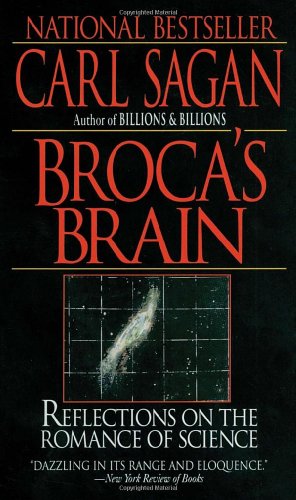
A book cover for Broca's Brain: Reflections on the Romance of Science; Carl Sagan; Science & Math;